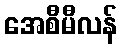
အေစီမီလန်